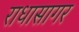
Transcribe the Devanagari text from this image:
राधासागर